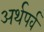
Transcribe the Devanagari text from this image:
अर्थपर्व